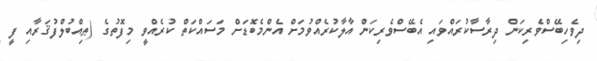
ދިވެހިބޭސްވެރިކަން ދިރާސާކުރައްވައި އެބޭސްވެރިކަން އާލާކުރެއްވުމަށް އެންމެބޮޑަށް މަސައްކަތް ކުރެއްވީ މިފޮތުގެ (ޠިއްބުލްފުޤަރާއި ފީ